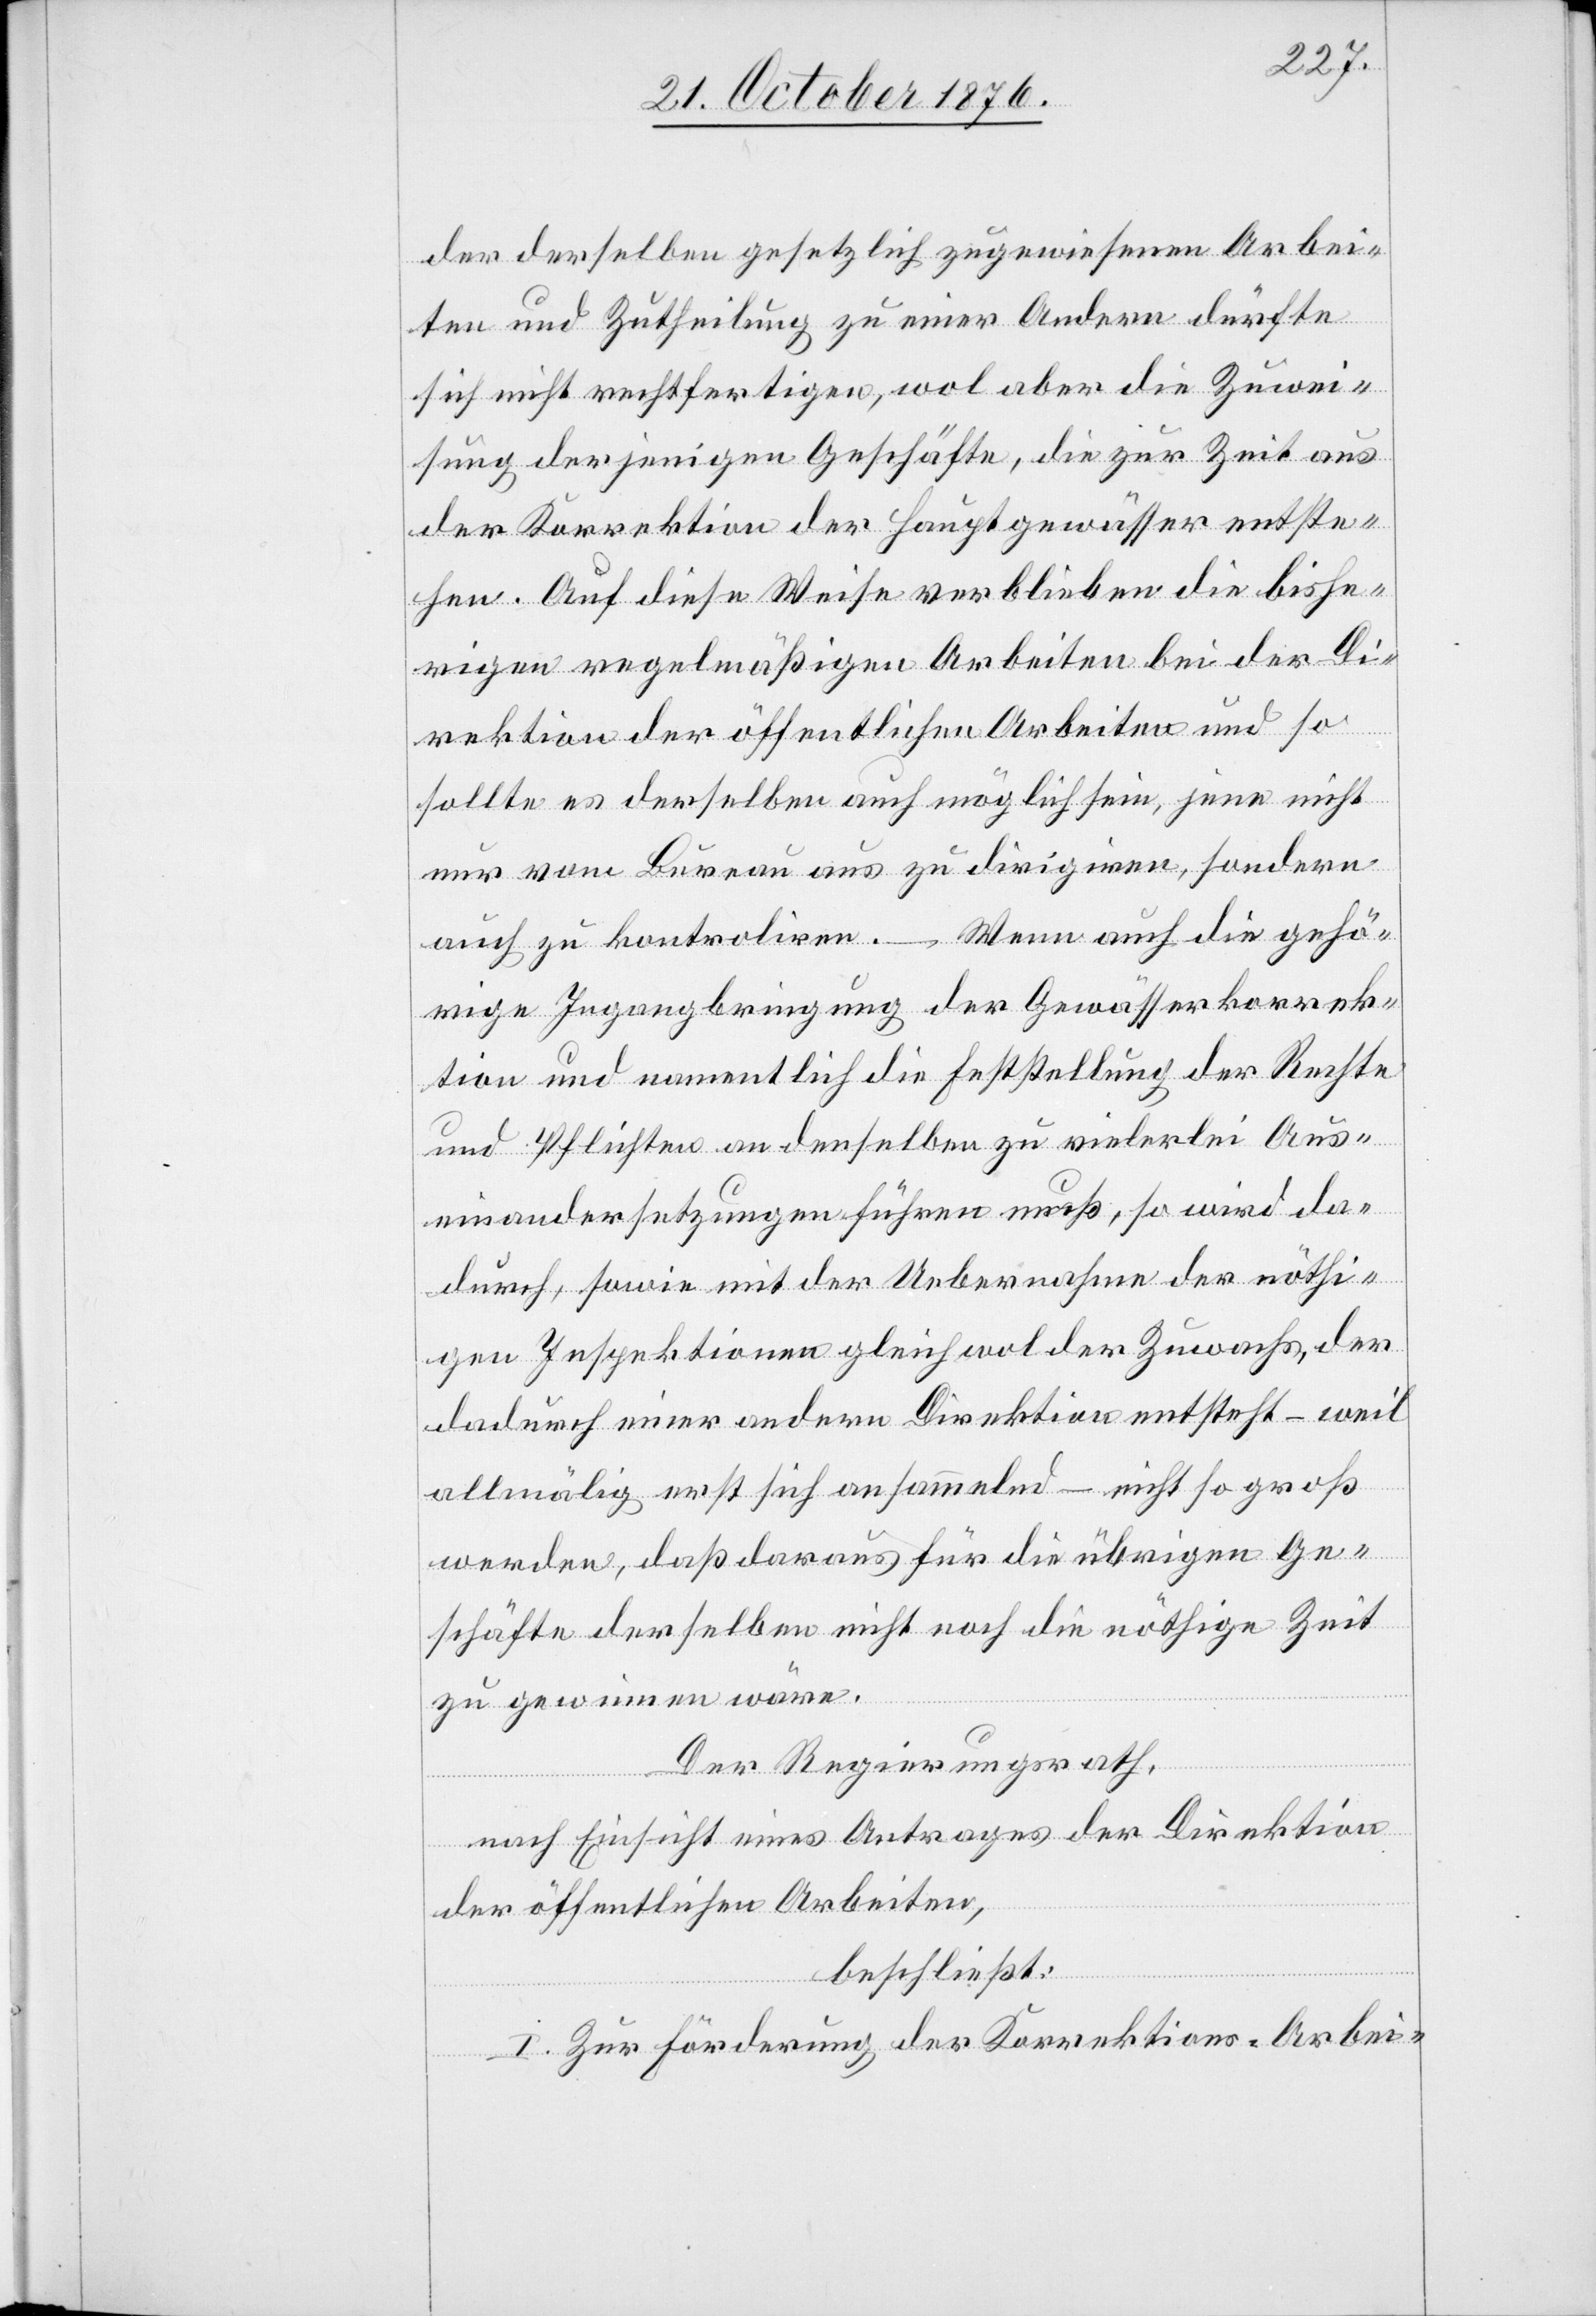
der derselben gesetzlich zugewiesenen Arbei¬
ten und Zutheilung zu einer Andern dürfte
sich nicht rechtfertigen, wol aber die Zuwei¬
sung derjenigen Geschäfte, die zur Zeit aus
der Korrektion der Hauptgewässer entste¬
hen. Auf diese Weise verblieben die bishe¬
rigen regelmäßigen Arbeiten bei der Di¬
rektion der öffentlichen Arbeiten und so
sollte es derselben auch möglich sein, jene nicht
nur vom Bureau aus zu dirigieren, sondern
auch zu kontroliren. – Wenn auch die gehö¬
rige Ingangbringung der Gewässerkorrek¬
tion und namentlich die Feststellung der Rechte
und pflichten an denselben zu vielerlei Aus¬
einandersetzungen führen muß, so wird da¬
durch, sowie mit der Uebernahme der nöthi¬
gen Inspektionen gleichwol der Zuwachs, der
dadurch einer andern Direktion entsteht – weil
allmälig erst sich ansammelnd – nicht so groß
werden, daß daraus für die übrigen Ge¬
schäfte derselben nicht noch die nöthige Zeit
zu gewinnen wäre.
Der Regierungsrath,
nach Einsicht eines Antrages der Direktion
der öffentlichen Arbeiten,
beschließt:
I. Zur Förderung der Korrektions-Arbei-